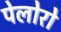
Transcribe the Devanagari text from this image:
पेलोरो